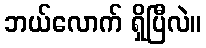
ဘယ်လောက် ရှိပြီလဲ။